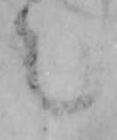
之